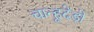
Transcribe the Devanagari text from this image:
चान्हूदेड़ो